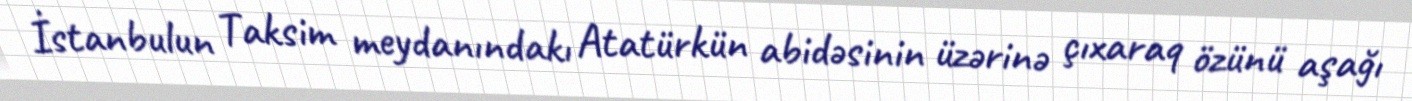
İstanbulun Taksim meydanındakı Atatürkün abidəsinin üzərinə çıxaraq özünü aşağı